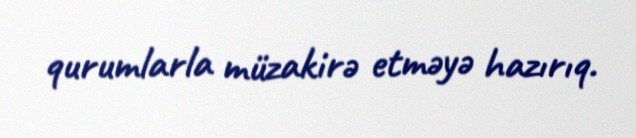
qurumlarla müzakirə etməyə hazırıq.